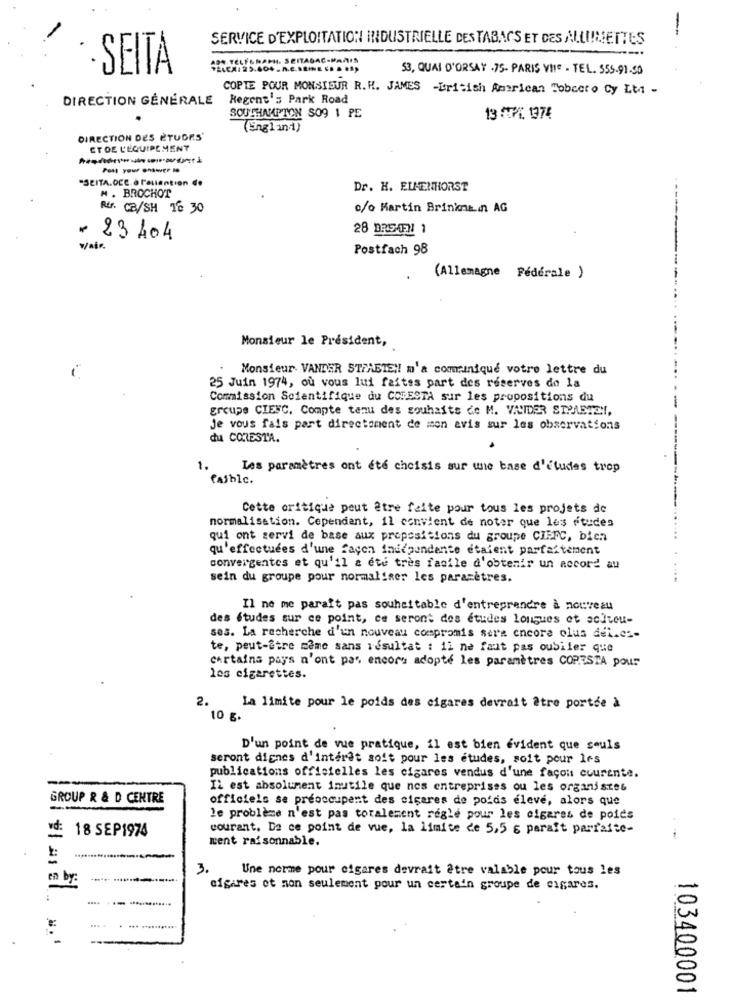
-
SERVICE D'EXPLOITATION INDUSTRIELLE DES TABACS ET DES ALUMETTES
ADN. TELEGRAPH. SEITAĞAÇ-PARIS
.SEITA
53, QUAI D'ORSAY .75- PARIS VIIe - TEL. 555.91.50
COPTE POUR MONSIEUR R. H. JAMES -British American Tobacco Cy Lta -
DIRECTION GÉNÉRALE
Regent's Park Road
SOUTHAMPTON SO9 1 PE
13 CUPC 137€
(England)
DIRECTION DES ÉTUDES'
ET DE L'EQUIPEMENT
Pont you entwee Me
"SCITA.OCC à l'aulention de
M . BROCHOT
Dr. H. ELMENHORST
..
Rir. CB/SH T6 30
c/o Martin Brinkmann AG
28 BREMEN 1
* 23404
w/ale
Postfach 98
(Allemagne Federale )
Monsieur le Président,
Monsieur VANDER STRAETEN! m'a comuniqué votre lettre du
25 Juin 1974, où vous lui faites part des réserves de la
Commission Scientifique du CODESTA sur les propositions du
groupe CIENC. Compte tenu des souhaits de M. VAIDER STRAETEN,
Je vous fais part directoment de mon avis sur les observations
du CORESTA.
1.
Les paramètres ont été choisis sur une base d'études trop
Pathic.
Cette critique peut être faite pour tous les projets de
normalisation. Cependant, il convient de noter que les études
qui ont servi de base aux propositions du groupe CIEFC, bien
qu'effectuées d'une façon inudpendente étaient parfaitement
convergentes et qu'il a été très facile d'obtenir un accord au
sein du groupe pour normaliser les pararetres.
Il ne me paraft pas souhaitable d'entreprendre à nouveau
des études sur ce point, ce seront des études longues et aciteu-
ses. La recherche d'un nouveau compromis sera encore olus dei.es-
te, peut-être mame sans résultat : il ne faut pas oubiler que
certains pays n'ont pas encore adopté les paramètres COPESTA pour
les cigarettes.
2.
La limite pour le poids des cigares devrait être portée à
10 g.
D'un point de vue pratique, il est bien évident que seuls
seront dignes d'intérêt soit pour les études, soit pour les
publications officielles les cigares vendus d'une façon courente.
Il est absolument inutile que nos entreprises ou les organistes
GROUP R & D CENTRE
officiels se préoccupent des cigares de poids élevé, alors que
le problème n'est pas totalement réglé pour les cigares de poids
vd:
18 SEP1974
courant. De ce point de vue, la limite de 5,5 € paraft parfaite-
ment raisonnable.
.-
3.
Une norme pour cigares devrait être valable pour tous les
en by:
cigares et non seulement pour un certain groupe de cigares.
.... .... .............
*:
....
. ... ...........
-
---
103400001